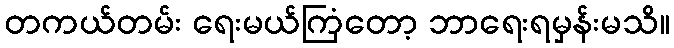
တကယ်တမ်း ရေးမယ်ကြံတော့ ဘာရေးရမှန်းမသိ။